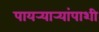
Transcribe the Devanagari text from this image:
पायर्‍यार्‍यांपाशी